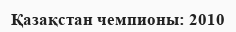
Қазақстан чемпионы: 2010